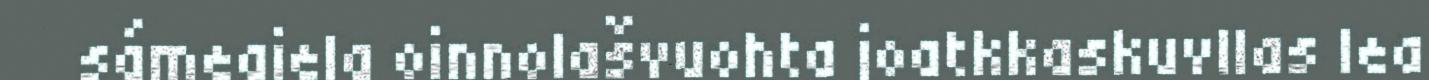
sámegiela oinnolašvuohta joatkkaskuvllas lea